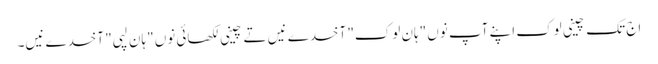
اج تک چینی لوک اپنے آپ نوں "ہان لوک" آخدے نیں تے چینی لکھائی نوں "ہان لپی" آخدے نیں۔